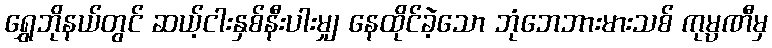
ရွှေဘိုနယ်တွင် ဆယ့်ငါးနှစ်နီးပါးမျှ နေထိုင်ခဲ့သော ဘုံဘေဘားမားသစ် ကုမ္ပဏီမှ